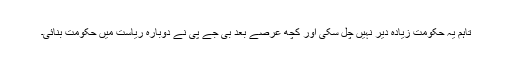
تاہم یہ حکومت زیادہ دیر نہیں چل سکی اور کچھ عرصے بعد بی جے پی نے دوبارہ ریاست میں حکومت بنائی۔